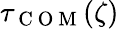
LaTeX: \tau_{\mathrm{~C~O~M~}}(\zeta)